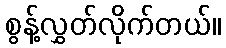
စွန့်လွှတ်လိုက်တယ်။